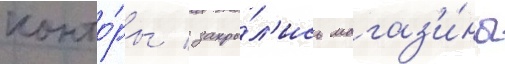
конто́ры / закры́л'ись магаз'и́ны